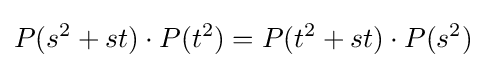
P(s^{2}+st)\cdot P(t^{2})=P(t^{2}+st)\cdot P(s^{2})